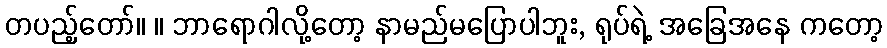
တပည့်တော်။ ။ ဘာရောဂါလို့တော့ နာမည်မပြောပါဘူး, ရုပ်ရဲ့ အခြေအနေ ကတော့